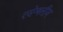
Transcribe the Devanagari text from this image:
एसेम्बलीज